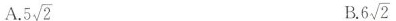
A. $$5 \sqrt{2}$$ B. $$6 \sqrt{2}$$